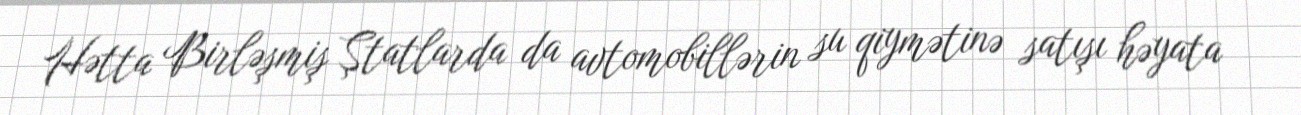
Hətta Birləşmiş Ştatlarda da avtomobillərin su qiymətinə satışı həyata